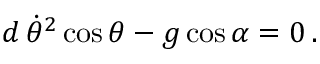
\begin{array} { r } { d \, \dot { \theta } ^ { 2 } \cos \theta - g \cos \alpha = 0 \, . } \end{array}